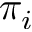
\pi _ { i }